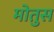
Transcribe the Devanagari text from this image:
मोतुस